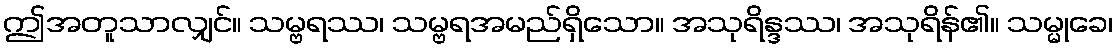
ဤအတူသာလျှင်။ သမ္ဗရဿ၊ သမ္ဗရအမည်ရှိသော။ အသုရိန္ဒဿ၊ အသုရိန်၏။ သမ္မုခေ၊